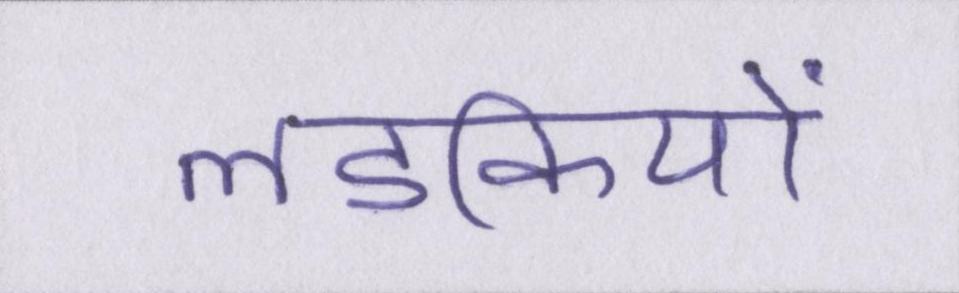
लडकियों